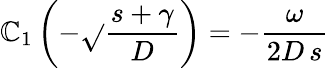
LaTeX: \mathbb{C}_{1}\left(-\sqrt{}{{\frac{{s+\gamma}}{{D}}}}\right)=-\frac{{\omega}}{{2D\, s}}